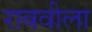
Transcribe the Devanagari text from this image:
राबवीला